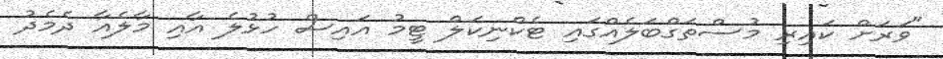
"ވަރަށް ކައިރި މުސްތަގްބަލެއްގައި ޓެކްނިކަލް ޓީމު އައިސް ހުޅުލެ އާއި މާލެއާ ދެމެދު